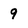
Character: 9